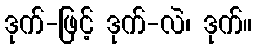
ဒုက်-ဖြင့် ဒုက်-လဲ၊ ဒုက်။